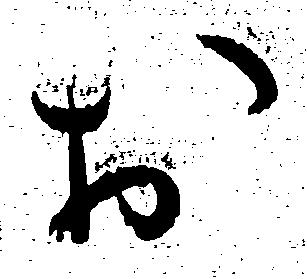
お